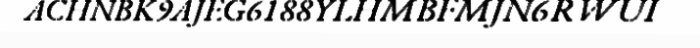
ACHNBK9AJEG6188YLHMBFMJN6RWUI